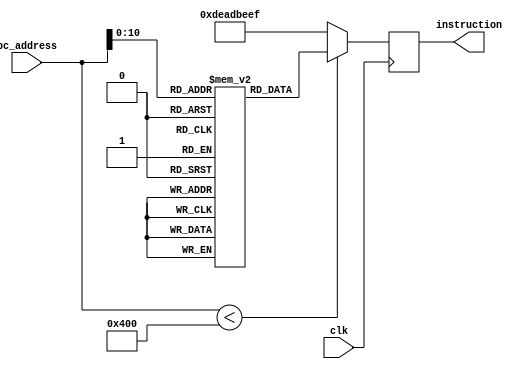
module InstructionMemory (
    input wire [31:0] pc_address,
    input wire clk,
    output reg [31:0] instruction 
);

parameter MEM_SIZE = 1024; // default memory size

// define memory for storing instructions
reg [31:0] memory [0:(MEM_SIZE)];

// output default instruction for out-of-bounds addresses
reg [31:0] default_instruction = 32'hDEADBEEF;

initial begin
    memory[0] = 32'b00100000000010000000000000100000; //addi $t0, $zero, 32 
    memory[1] = 32'b00100000000010010000000000110111; //addi $t1, $zero, 55 
	memory[2] = 32'b00000001000010011000000000100100; //and $s0, $t0, $t1 
	memory[3] = 32'b00000001000010011000000000100101; //or $s0, $t0, $t1 
	memory[4] = 32'b10101100000100000000000000000100; //sw $s0, 4($zero) 
	memory[5] = 32'b10101100000010000000000000001000; //sw $t0, 8($zero) 
	memory[6] = 32'b00000001000010011000100000100000; //add $s1, $t0, $t1 
	memory[7] = 32'b00000001000010011001000000100010; //sub $s2, $t0, $t1 
	memory[8] = 32'b00010010001100100000000000001001; //beq $s1, $s2, error0 
	memory[9] = 32'b10001100000100010000000000000100; //lw $s1, 4($zero) 
	memory[10]= 32'b00110010001100100000000001001000; //andi $s2, $s1, 48 
	memory[11] =32'b00010010001100100000000000001001; //beq $s1, $s2, error1 
	memory[12] =32'b10001100000100110000000000001000; //lw $s3, 8($zero) 
	memory[13] =32'b00010010000100110000000000001010; //beq $s0, $s3, error2 
	memory[14] =32'b00000010010100011010000000101010; //slt $s4, $s2, $s1 (Last) 
	memory[15] =32'b00010010100000000000000000001111; //beq $s4, $0, EXIT 
	memory[16] =32'b00000010001000001001000000100000; //add $s2, $s1, $0 
	memory[17] =32'b00001000000000000000000000001110; //j Last
	memory[18] =32'b00100000000010000000000000000000; //addi $t0, $0, 0(error0) 
	memory[19] =32'b00100000000010010000000000000000; //addi $t1, $0, 0 
	memory[20] =32'b00001000000000000000000000011111; //j EXIT
	memory[21] =32'b00100000000010000000000000000001; //addi $t0, $0, 1(error1) 
	memory[22] =32'b00100000000010010000000000000001; //addi $t1, $0, 1 
	memory[23] =32'b00001000000000000000000000011111; //j EXIT
	memory[24] =32'b00100000000010000000000000000010; //addi $t0, $0, 2(error2) 
	memory[25] =32'b00100000000010010000000000000010; //addi $t1, $0, 2 
	memory[26] =32'b00001000000000000000000000011111; //j EXIT
	memory[27] =32'b00100000000010000000000000000011; //addi $t0, $0, 3(error3) 
	memory[28] =32'b00100000000010010000000000000011; //addi $t1, $0, 3 
	memory[29] =32'b00001000000000000000000000011111; //j EXIT
end

always @(posedge clk) begin
    begin
        if (pc_address < MEM_SIZE)
            instruction <= memory[pc_address];
        else
            instruction <= default_instruction;
    end
end

endmodule